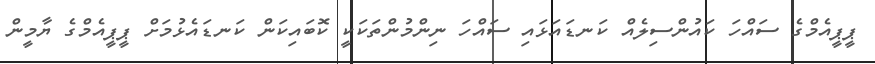
ޕީޕީއެމްގެ ސައްހަ ކައުންސިލެއް ކަނޑައަޅައި ސައްހަ ނިންމުންތަކަކީ ކޮބައިކަން ކަނޑައެޅުމަށް ޕީޕީއެމްގެ ޔާމީން